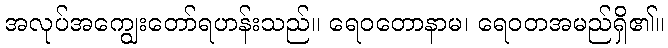
အလုပ်အကျွေးတော်ရဟန်းသည်။ ရေဝတောနာမ၊ ရေဝတအမည်ရှိ၏။